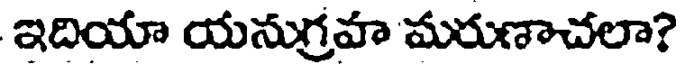
ఇదియా యనుగ్రహ మరుణాచలా?